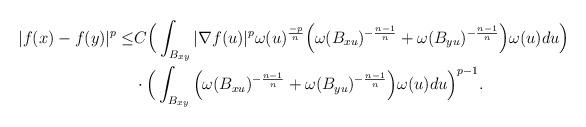
LaTeX: \begin{align*}|f(x)-f(y)|^p\leq & C \Big(\int_{B_{xy}} |\nabla f(u)|^p \omega(u)^{\frac{-p}{n}} \Big(\omega(B_{xu})^{-\frac{n-1}{n}}+\omega(B_{yu})^{-\frac{n-1}{n}}\Big) \omega(u) du\Big)\\& \cdot \Big(\int_{B_{xy}}\Big(\omega(B_{xu})^{-\frac{n-1}{n}}+\omega(B_{yu})^{-\frac{n-1}{n}}\Big) \omega(u)du\Big)^{p-1}.\end{align*}